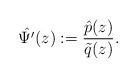
LaTeX: \begin{align*}\hat{\Psi'} (z) : = \frac{\hat{p} (z) }{\tilde{q}(z) }.\end{align*}